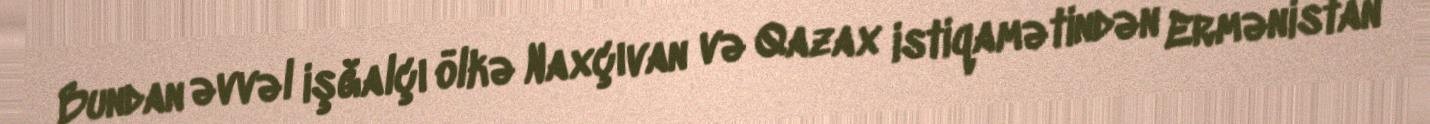
Bundan əvvəl işğalçı ölkə Naxçıvan və Qazax istiqamətindən Ermənistan